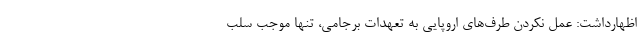
اظهارداشت: عمل نکردن طرف‌های اروپایی به تعهدات برجامی، تنها موجب سلب